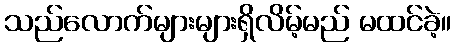
သည်လောက်များများရှိလိမ့်မည် မထင်ခဲ့။